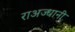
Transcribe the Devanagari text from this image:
राअज्धानी